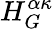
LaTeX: H_{G}^{\alpha\kappa}